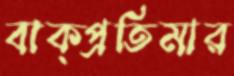
বাক্প্রতিমার